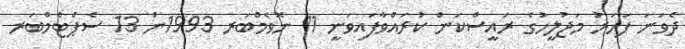
ދެވަނަ ފަހަރު މަޖުލީހުގެ ރައީސްކަން ކުރައްވާފައިވަނީ 11 ނޮވެމްބަރ 1993ން 13 ސެޕްޓެމްބަރ